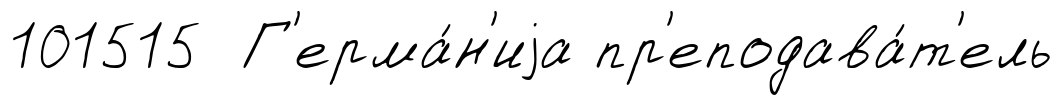
101515 Г'ерма́н'иjа пр'еподава́т'ель